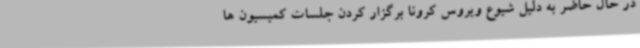
در حال حاضر به دلیل شیوع ویروس کرونا برگزار کردن جلسات کمیسیون ها